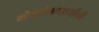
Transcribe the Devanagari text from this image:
गोवर्धनाचार्यांनी